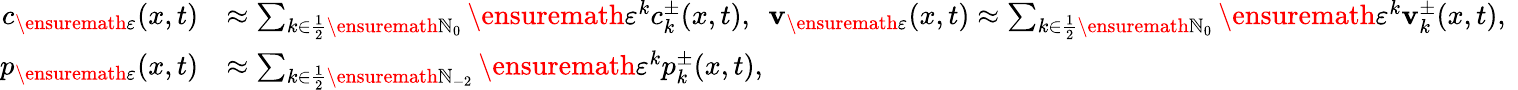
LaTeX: \begin{array}{rl}{c_{\ensuremath{\varepsilon}}(x,t)}&{\approx\sum_{k\in\frac 12\ensuremath{\mathbb{N}}_{0}}\ensuremath{\varepsilon}^{k}c_{k}^{\pm}(x,t),\ \ \mathbf{v}_{\ensuremath{\varepsilon}}(x,t)\approx\sum_{k\in\frac 12\ensuremath{\mathbb{N}}_{0}}\ensuremath{\varepsilon}^{k}\mathbf{v}_{k}^{\pm}(x,t),\ }\\ {p_{\ensuremath{\varepsilon}}(x,t)}&{\approx\sum_{k\in\frac 12\ensuremath{\mathbb{N}}_{-2}}\ensuremath{\varepsilon}^{k}p_{k}^{\pm}(x,t),}\end{array}